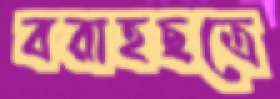
বরাহছত্রে